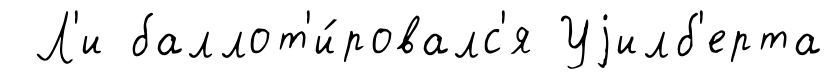
Л'и баллот'и́ровалс'я Уjилб'ерта